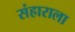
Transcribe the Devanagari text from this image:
संहाराला